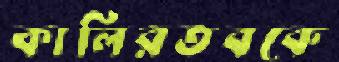
কালিরতবকে